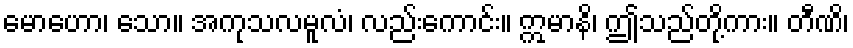
မောဟော၊ သော။ အကုသလမူလံ၊ လည်းကောင်း။ ဣမာနိ၊ ဤသည်တို့ကား။ တီဏိ၊